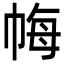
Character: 𢂳